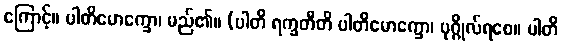
ကြောင့်။ ပါတိမောက္ခော၊ မည်၏။ (ပါတိ ရက္ခတီတိ ပါတိမောက္ခော၊ ပုဂ္ဂိုလ်ရစေ။ ပါတိ